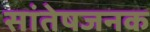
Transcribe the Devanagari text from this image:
सांतेषजनक